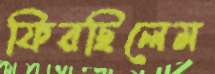
ফিরছিলেম